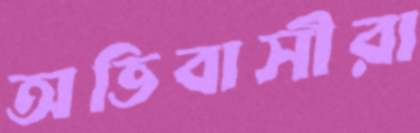
অভিবাসীরা